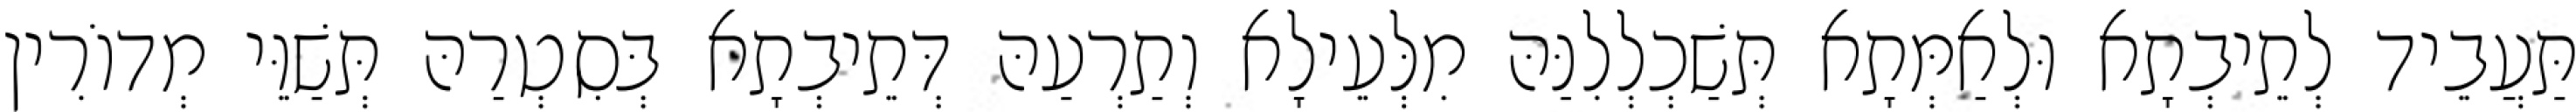
תַּעֲבֵיד לְתֵיבְתָא וּלְאַמְּתָא תְּשַׁכְלְלִנַּהּ מִלְּעֵילָא וְתַרְעַהּ דְּתֵיבְתָא בְּסִטְרַהּ תְּשַׁוֵּי מְדוֹרִין